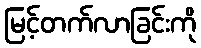
မြင့်တက်လာခြင်းကို